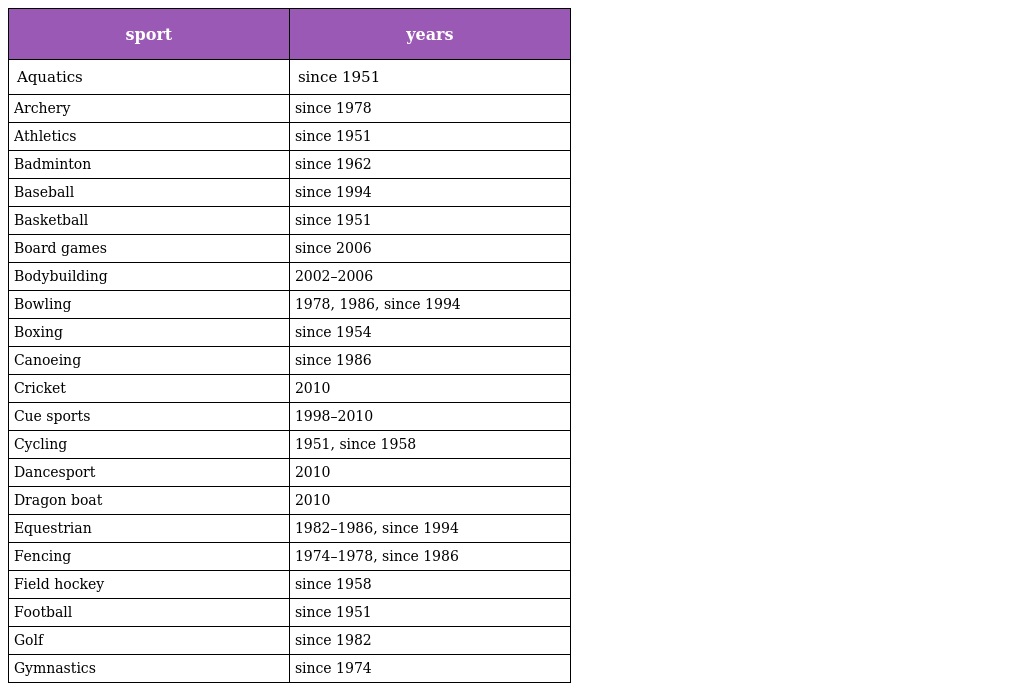
| sport | years |
 | --- | --- |
 | Aquatics | since 1951 |
 | Archery | since 1978 |
 | Athletics | since 1951 |
 | Badminton | since 1962 |
 | Baseball | since 1994 |
 | Basketball | since 1951 |
 | Board games | since 2006 |
 | Bodybuilding | 2002–2006 |
 | Bowling | 1978, 1986, since 1994 |
 | Boxing | since 1954 |
 | Canoeing | since 1986 |
 | Cricket | 2010 |
 | Cue sports | 1998–2010 |
 | Cycling | 1951, since 1958 |
 | Dancesport | 2010 |
 | Dragon boat | 2010 |
 | Equestrian | 1982–1986, since 1994 |
 | Fencing | 1974–1978, since 1986 |
 | Field hockey | since 1958 |
 | Football | since 1951 |
 | Golf | since 1982 |
 | Gymnastics | since 1974 |